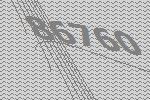
86760